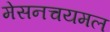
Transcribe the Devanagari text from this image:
मेसनचयमल